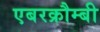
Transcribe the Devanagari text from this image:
एबरक्रौम्बी